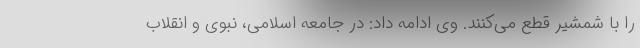
را با شمشیر قطع می‌کنند. وی ادامه داد: در جامعه اسلامی، نبوی و انقلاب